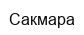
Сакмара